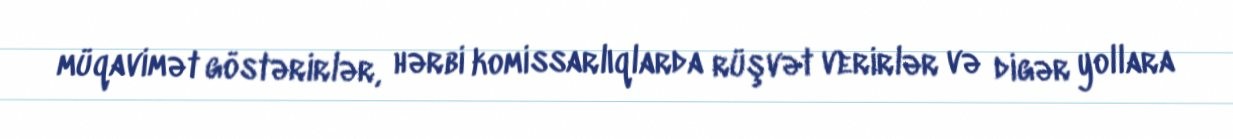
müqavimət göstərirlər, hərbi komissarlıqlarda rüşvət verirlər və digər yollara